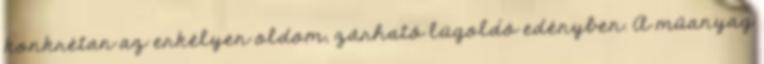
konkrétan az erkélyen oldom, zárható lúgoldó edényben. A műanyag